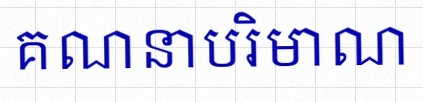
គណនាបរិមាណ